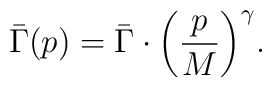
\bar \Gamma(p) = \bar \Gamma \cdot\biggl(\frac{p}{M}\biggr)^{\gamma}.